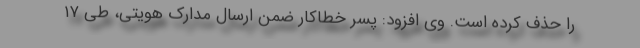
را حذف کرده است. وی افزود: پسر خطاکار ضمن ارسال مدارک هویتی، طی ۱۷